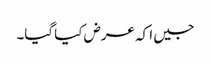
جیں ا کہ عرض کیا گیا۔